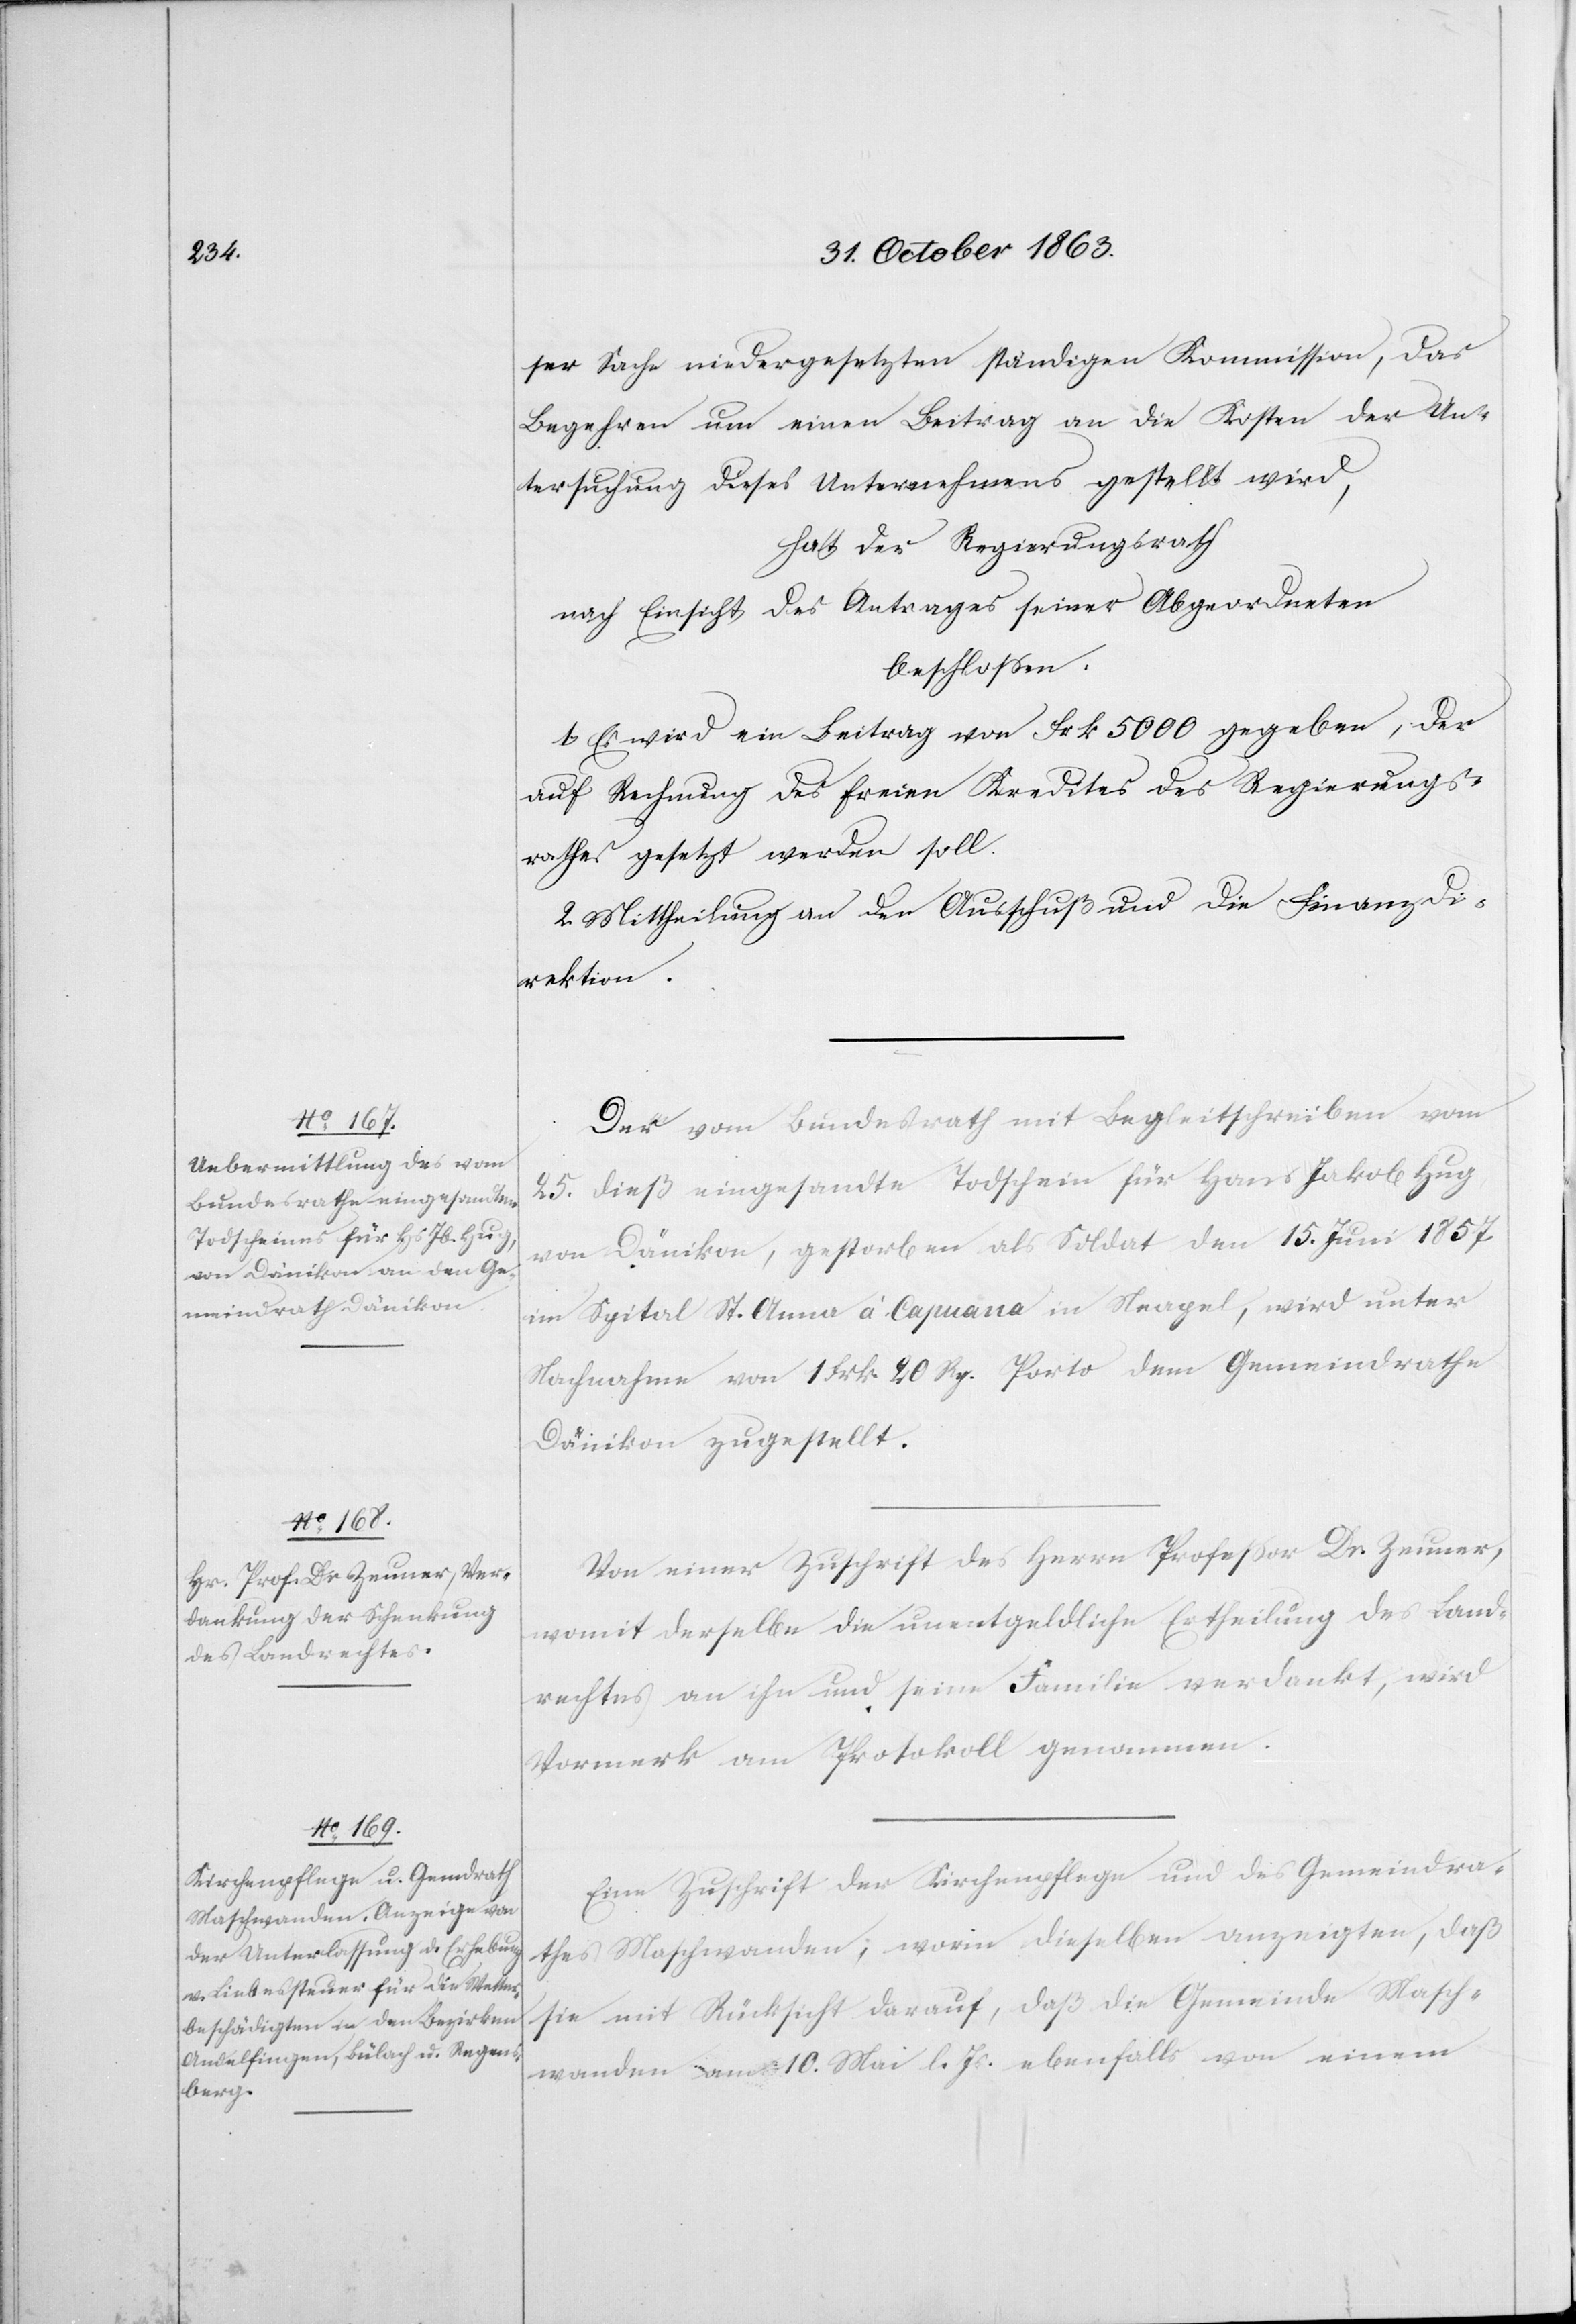
ser Sache niedergesetzten ständigen Kommission, das
Begehren um einen Beitrag an die Kosten der Un¬
tersuchung dieses Unternehmens gestellt wird,
hat der Regierungsrath
nach Einsicht eines Antrages seiner Abgeordneten
beschlossen:
1. Es wird ein Beitrag von Frk. 5000 gegeben, der
auf Rechnung des freien Kredites des Regierungs¬
rathes gesetzt werden soll.
2. Mittheilung an den Ausschuß und die Finanzdi¬
rektion.
Der vom Bundesrath mit Begleitschreiben vom
25. dieß eingesandte Todschein für Hans Jakob Hug
von Dänikon, gestorben als Soldat den 15. Juni 1857
im Spital St. Anna à Capuana in Neapel, wird unter
Nachnahme von 1 Frk. 20 Rp. Porto dem Gemeindrathe
Dänikon zugestellt.
Von einer Zuschrift des Herrn Professor Dr. Zeuner,
womit derselbe die unentgeldliche Ertheilung des Land¬
rechtes an ihn und seine Familie verdankt, wird
Vormerk am Protokoll genommen.
Eine Zuschrift der Kirchenpflege und des Gemeindra¬
thes Maschwanden, worin dieselben anzeigten, daß
sie mit Rücksicht darauf, daß die Gemeinde Masch¬
wanden am 10. Mai l. Js. ebenfalls von einem